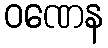
ဝဏေန